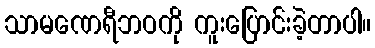
သာမဏေရီဘဝကို ကူးပြောင်းခဲ့တာပါ။